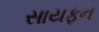
સાયફન